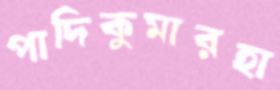
পাদিকুমারহা